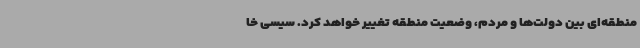
منطقه‌ای بین دولت‌ها و مردم، وضعیت منطقه تغییر خواهد کرد. سیسی خا